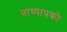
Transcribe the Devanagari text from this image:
प्राध्यापको